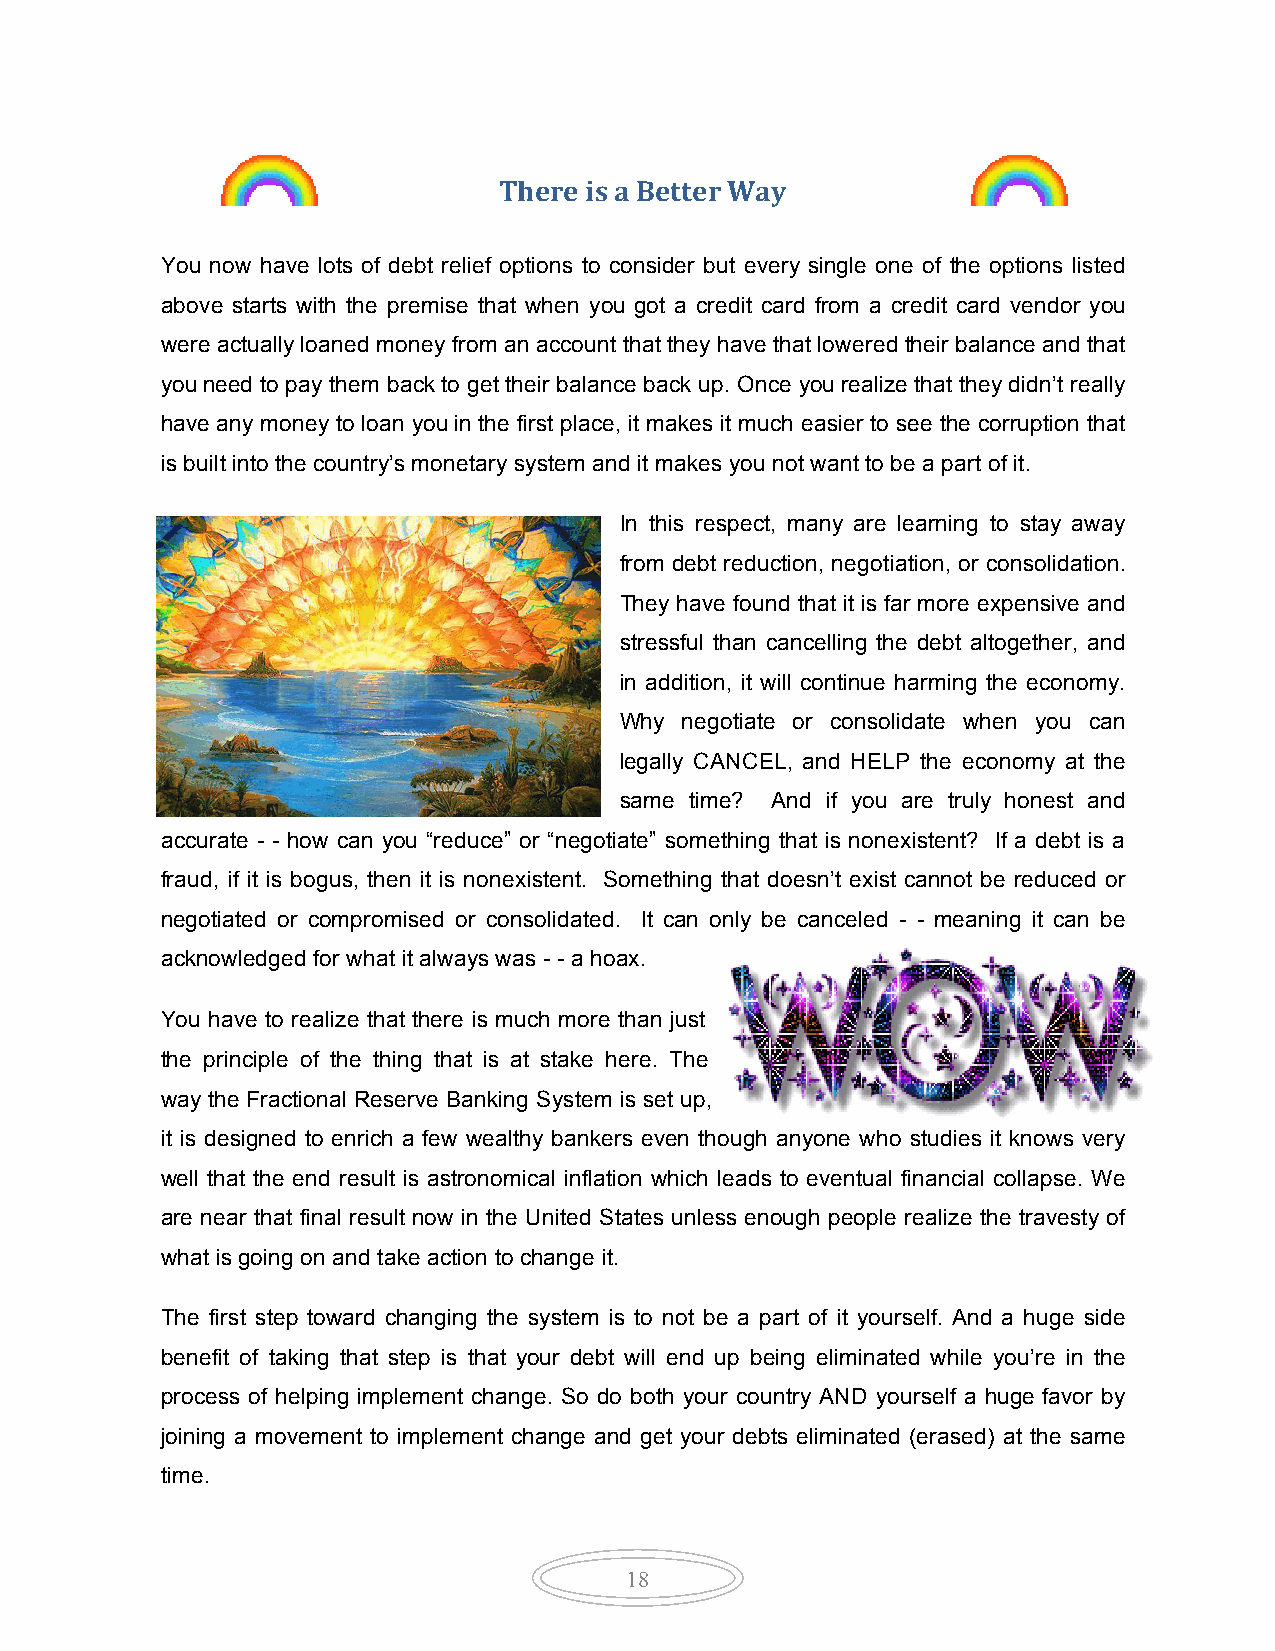
There is a Better Way
 You now have lots of debt relief options to consider but every single one of the options listed
 above starts with the premise that when you got a credit card from a credit card vendor you
 were actually loaned money from an account that they have that lowered their balance and that
 you need to pay them back to get their balance back up. Once you realize that they didn’t really
 have any money to loan you in the first place, it makes it much easier to see the corruption that
 is built into the country’s monetary system and it makes you not want to be a part of it.
 In this respect, many are learning to stay away
 from debt reduction, negotiation, or consolidation.
 They have found that it is far more expensive and
 stressful than cancelling the debt altogether, and
 in addition, it will continue harming the economy.
 Why negotiate or consolidate when you can
 legally CANCEL, and HELP the economy at the
 same time? And if you are truly honest and
 accurate - - how can you “reduce” or “negotiate” something that is nonexistent? If a debt is a
 fraud, if it is bogus, then it is nonexistent. Something that doesn’t exist cannot be reduced or
 negotiated or compromised or consolidated. It can only be canceled - - meaning it can be
 acknowledged for what it always was - - a hoax.
 You have to realize that there is much more than just
 the principle of the thing that is at stake here. The
 way the Fractional Reserve Banking System is set up,
 it is designed to enrich a few wealthy bankers even though anyone who studies it knows very
 well that the end result is astronomical inflation which leads to eventual financial collapse. We
 are near that final result now in the United States unless enough people realize the travesty of
 what is going on and take action to change it.
 The first step toward changing the system is to not be a part of it yourself. And a huge side
 benefit of taking that step is that your debt will end up being eliminated while you’re in the
 process of helping implement change. So do both your country AND yourself a huge favor by
 joining a movement to implement change and get your debts eliminated (erased) at the same
 time.
 18